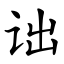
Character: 诎